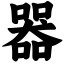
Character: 器